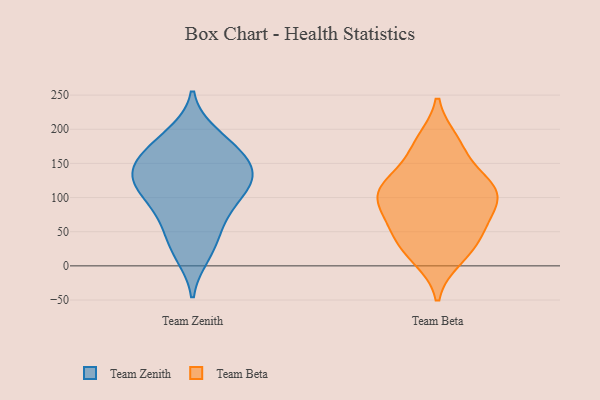
{"axis": {"x": "Churn Rate (%)", "y": "Value"}, "legend": ["Team Beta", "Team Zenith"], "data": [{"x": "", "y": 53, "type": "Team Zenith"}, {"x": "", "y": 100, "type": "Team Zenith"}, {"x": "", "y": 17, "type": "Team Zenith"}, {"x": "", "y": 135, "type": "Team Zenith"}, {"x": "", "y": 123, "type": "Team Zenith"}, {"x": "", "y": 179, "type": "Team Zenith"}, {"x": "", "y": 158, "type": "Team Zenith"}, {"x": "", "y": 87, "type": "Team Zenith"}, {"x": "", "y": 29, "type": "Team Zenith"}, {"x": "", "y": 77, "type": "Team Zenith"}, {"x": "", "y": 146, "type": "Team Zenith"}, {"x": "", "y": 192, "type": "Team Zenith"}, {"x": "", "y": 139, "type": "Team Zenith"}, {"x": "", "y": 123, "type": "Team Zenith"}, {"x": "", "y": 124, "type": "Team Zenith"}, {"x": "", "y": 176, "type": "Team Zenith"}, {"x": "", "y": 120, "type": "Team Beta"}, {"x": "", "y": 170, "type": "Team Beta"}, {"x": "", "y": 108, "type": "Team Beta"}, {"x": "", "y": 108, "type": "Team Beta"}, {"x": "", "y": 98, "type": "Team Beta"}, {"x": "", "y": 182, "type": "Team Beta"}, {"x": "", "y": 40, "type": "Team Beta"}, {"x": "", "y": 67, "type": "Team Beta"}, {"x": "", "y": 118, "type": "Team Beta"}, {"x": "", "y": 29, "type": "Team Beta"}, {"x": "", "y": 69, "type": "Team Beta"}, {"x": "", "y": 12, "type": "Team Beta"}]}